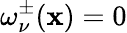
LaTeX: \omega_{\nu}^{\pm}(\mathbf{x})=0